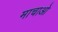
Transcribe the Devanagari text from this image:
माचाओ